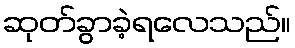
ဆုတ်ခွာခဲ့ရလေသည်။